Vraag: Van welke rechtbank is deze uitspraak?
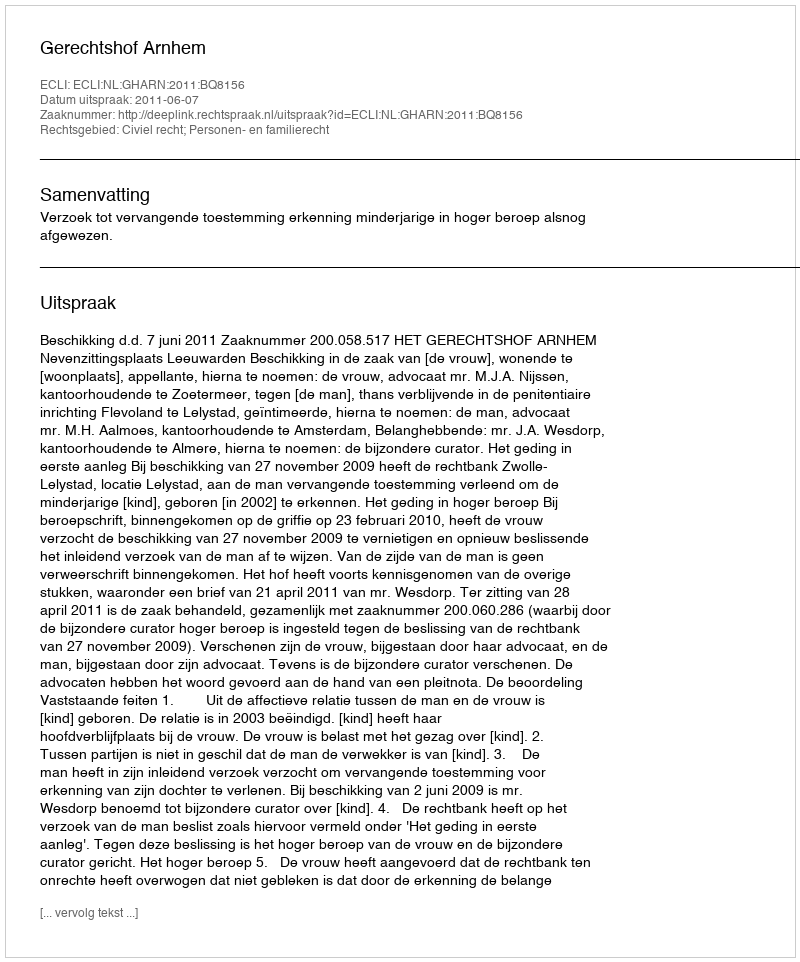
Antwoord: Gerechtshof Arnhem